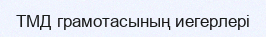
ТМД грамотасының иегерлері